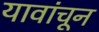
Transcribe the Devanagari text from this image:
यावांचून